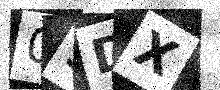
Text: 09DX